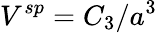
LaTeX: V^{sp}=C_{3}/a^{3}